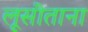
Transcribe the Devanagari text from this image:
लूसीताना